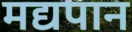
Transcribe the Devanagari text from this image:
मद्यपान